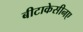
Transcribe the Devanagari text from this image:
बीटाकेसीनए